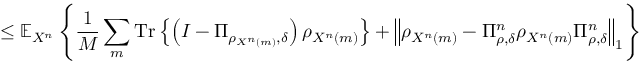
\leq \mathbb { E } _ { X ^ { n } } \left\{ { \frac { 1 } { M } } \sum _ { m } { \mathrm { T r } } \left\{ \left( I - \Pi _ { \rho _ { X ^ { n } \left( m \right) } , \delta } \right) \rho _ { X ^ { n } \left( m \right) } \right\} + \left\Vert \rho _ { X ^ { n } \left( m \right) } - \Pi _ { \rho , \delta } ^ { n } \rho _ { X ^ { n } \left( m \right) } \Pi _ { \rho , \delta } ^ { n } \right\Vert _ { 1 } \right\}